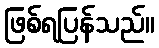
ဖြစ်ရပြန်သည်။